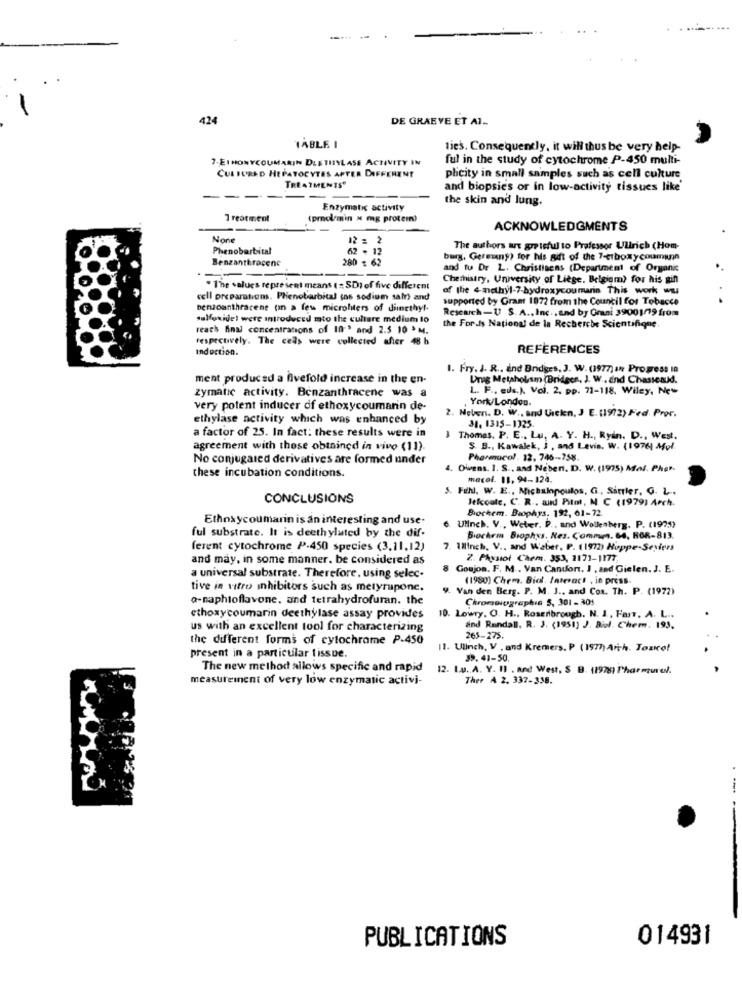
.... ...
424
DE GRAEYE ET Al ..
TABLE I
ties. Consequently, it will thus be very help-
7-EIHONYCOUMARIN DLETHYLASE ACTIVITY IN
ful in the study of cytochrome P-450 multi-
CUL TURED HEPATOCYTES AFFER DIFFERENT
phcity in small samples such as cell culture
TREATMENTS"
and biopsies or in low-activity tissues like'
---
the skin and lung.
Enzymatic activity
1 reatment
(prodl/min " mg protem?
ACKNOWLEDGMENTS
12 : 2
Phenobarbital
62 . 12
The authors are grateful to Professor Ullrich (Hom-
Benzanthracene
280 € 62
burg, Germany) for his gift of the 7-etboxycoumann
and fu Dr L. Christisens (Department of Organic
-- -
Chethistry, University of Liege. Belgium) for his gin
. The values represent means (: SD) of five different
of the endhyl-7-hydroxycoumarin This work wu
cell preparations. Phenobarbital (os sodium salt) and
supported by Grant 1972 from the Council for Tobacco
benzoanthrarene (in a few microliters of dimethyl-
Research-1 S. A ., Inc ., and by Grani 39001719 from
sulfoxidet were introduced mto the culture medium lo
reach Anal concentrations of In ' and 2.5 10 > M.
the Fords National de la Recherche Scientifique.
respectively. The cells were collected after 48 h
Induction.
REFERENCES
1. Fry. J. R ., and Bridges, J. W. (1977) In Progress 10
ment produced a fivefold increase in the en-
Unig Metaholism (Bridges, J. W .. End Chasseaud.
zymatic activity. Benzanthracene was a
L. F ., eds.), Vol. 2, pp. 71-118. Wiley, New
York/London.
very potent inducer of ethoxycoumarin de-
ethylase activity which was enhanced by
2. Neben. D. W ., and Useken, J E. (1972) Fed. Pror.
31, 1315-1325.
a factor of 25. In fact: these results were in
3Thomas, P. E ., Lu, A. Y. H ., Ryan. D ., West.
agreement with those obtained in vivo (11).
S. B ., Kawalek, J , and Levis. W. (1976) Mol.
No conjugated derivatives are formed under
Pharmacol. 12, 746-758.
4. Owvens. I. S ., and Neben. D. W. (1975) Mal. Pher.
these incubation conditions.
macel. 11, 94-124.
5. Full, W. E ., Michalopoulos, G ., Sittler, G. L .,
CONCLUSIONS
Jeloute, C. R .. wurd Pitol, M C (1979) Arch.
Biochem. Biophys. 192, 61-72.
Ethoxycoumarin is an interesting and use.
ful substrate. It is deethylated by the dif-
UlInch. V ., Weter. D ., and Wollenberg. P. (1975)
Biochem Biophys. Res. Commm. 64, HOR-813.
ferent cytochrome P.450 species (3,11,12)
. Ilinch. V ., and Waber, P. (1972) Hoppe-Sexiers
and may, in some manner. be considered as
2. Physiol Chem. 353, 1171-1177,
Goujon, F. M .. Van Candon. I , and Gielen. J. E.
a universal substrate. Therefore, using selec-
(1980) Chem. Biol. Interact , in press.
tive in vitro inhibitors such as meryrapone.
Van den Berg. P. M. J ., and Cox. Th. P. (1972)
o-naphtoflavone, and tetrahydrofuran. the
Chromaiographie 5, 301 -301
ethoxycoumarin deethylase assay provides
. Lowry. O. H ., Rosenbrough. N. I ., Fast. A. L ..
us with an excellent tool for characterizing
and Randall. R. J. (1951) J. Biol. Chem. 193.
the different forms of cytochrome P-450
265-275.
11. Ulinch. V. and Kremers. P (197) Arch. Toskot
present in a particular tissue.
39.41-50.
The new method allows specific and rapid
12. L.v. A. Y. Il . and West, S .B. (1978) Pharmarel.
.
measurement of very low enzymatic activi-
Ther A 2. 337-338.
-
PUBLICATIONS
014931